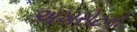
અખરોટનો